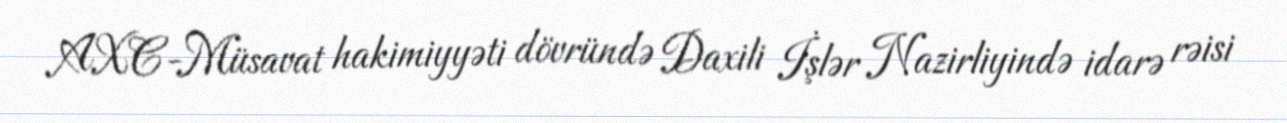
AXC-Müsavat hakimiyyəti dövründə Daxili İşlər Nazirliyində idarə rəisi